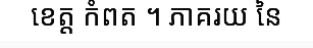
ខេត្ត កំពត ។ ភាគរយ នៃ